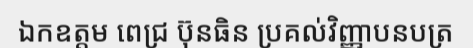
ឯកឧត្តម ពេជ្រ ប៊ុនធិន ប្រគល់វិញ្ញាបនបត្រ